Annual report of the Punjab Veterinary College and of the Civil Veterinary Department, Punjab - 1894-1908
Year: 1894
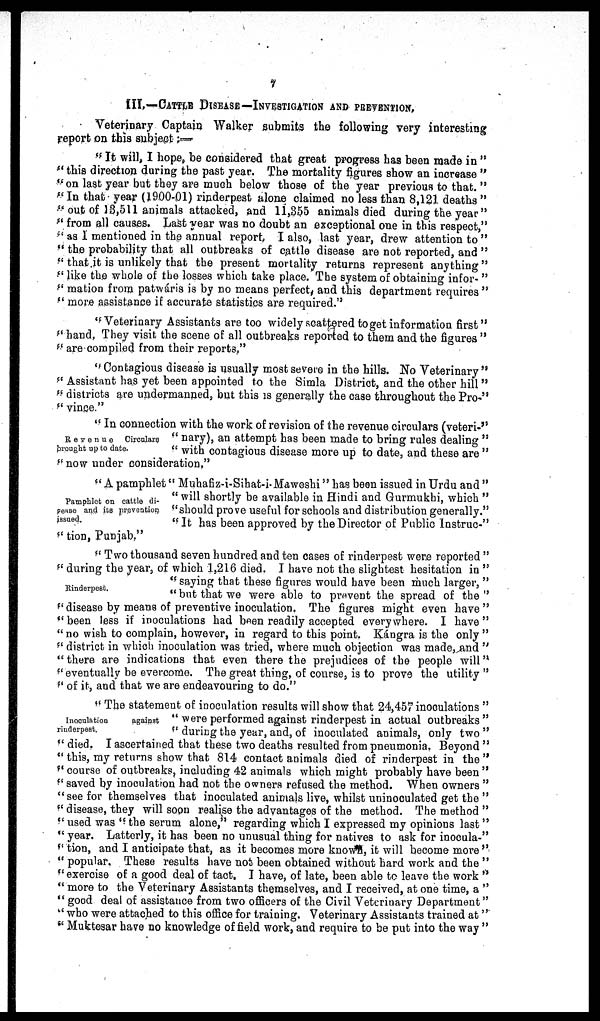
7
III.—CATTLE DISEASE—INVESTIGATION AND PREVENTION.
Veterinary Captain Walker submits the following very interesting
report on this subject:—
" It will, I hope, be considered that great progress has been made in "
"this direction during the past year. The mortality figures show an increase "
" on last year but they are much below those of the year previous to that. "
"In that year (1900-01) rinderpest alone claimed no less than 8,121 deaths "
" out of 13,511 animals attacked, and 11,355 animals died during the year "
" from all causes. Last year was no doubt an exceptional one in this respect,"
" as I mentioned in the annual report I also, last year, drew attention to "
" the probability that all outbreaks of cattle disease are not reported, and "
" that it is unlikely that the present mortality returns represent anything "
" like the whole of the losses which take place. The system of obtaining infor- "
" mation from patwáris is by no means perfect, and this department requires"
" more assistance if accurate statistics are required."
"Veterinary Assistants are too widely scattered to get information first"
" hand. They visit the scene of all outbreaks reported to them and the figures "
" are compiled from their reports."
"Contagious disease is usually most severe in the hills. No Veterinary"
" Assistant has yet been appointed to the Simla District, and the other hill"
" districts are undermanned, but this is generally the case throughout the Pro-"
" vince."
Revenue
Circulars
brought up to date.
" In connection with the work of revision of the revenue circulars (veteri-"
" nary), an attempt has been made to bring rules dealing "
" with contagious disease more up to date, and these are "
" now under consideration."
Pamphlet on cattle di-
sease and its prevention
issued.
" A pamphlet" Muhafiz-i-Sihat-i-Maweshi" has been issued in Urdu and "
" will shortly be available in Hindi and Gurmukhi, which "
"should prove useful for schools and distribution generally."
"It has been approved by the Director of Public Instruc-"
" tion, Punjab."
Rinderpest.
" Two thousand seven hundred and ten cases of rinderpest were reported'
" during the year, of which 1,216 died. I have not the slightest hesitation in "
"saying that these figures would have been much larger,''
"but that we were able to prevent the spread of the "
" disease by means of preventive inoculation. The figures might even have "
"been less if inoculations had been readily accepted everywhere. I have"
" no wish to complain, however, in regard to this point. Kángra is the only "
" district in which inoculation was tried, where much objection was made, and "
"there are indications that even there the prejudices of the people will"
" eventually be evercome. The great thing, of course, is to prove the utility "
" of it, and that we are endeavouring to do."
Inoculation
against
rinderpest.
" The statement of inoculation results will show that 24,457 inoculations"
" were performed against rinderpest in actual outbreaks "
" during the year, and, of inoculated animals, only two "
" died. I ascertained that these two deaths resulted from pneumonia. Beyond"
" this, my returns show that 814 contact animals died of rinderpest in the"
" course of outbreaks, including 42 animals which might probably have been''
" saved by inoculation had not the owners refused the method. When owners"
"see for themselves that inoculated animals live, whilst uninoculated get the"
" disease, they will soon realise the advantages of the method. The method"
" used was " the serum alone," regarding which I expressed my opinions last"
" year. Latterly, it has been no unusual thing for natives to ask for inocula-"
" tion, and I anticipate that, as it becomes more known, it will become more"
" popular. These results have not been obtained without hard work and the"
"exercise of a good deal of tact. I have, of late, been able to leave the work"
" more to the Veterinary Assistants themselves, and I received, at one time, a"
" good deal of assistance from two officers of the Civil Veterinary Department"
" who were attached to this office for training. Veterinary Assistants trained at"
" Muktesar have no knowledge of field work, and require to be put into the way"